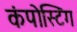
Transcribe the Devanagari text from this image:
कंपोस्टिंग